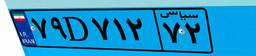
۷۹D۷۱۲۷۲